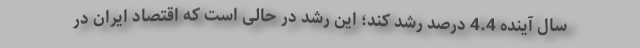
سال آینده 4.4 درصد رشد کند؛ این رشد در حالی است که اقتصاد ایران در